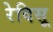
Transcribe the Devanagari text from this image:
रेदिसू